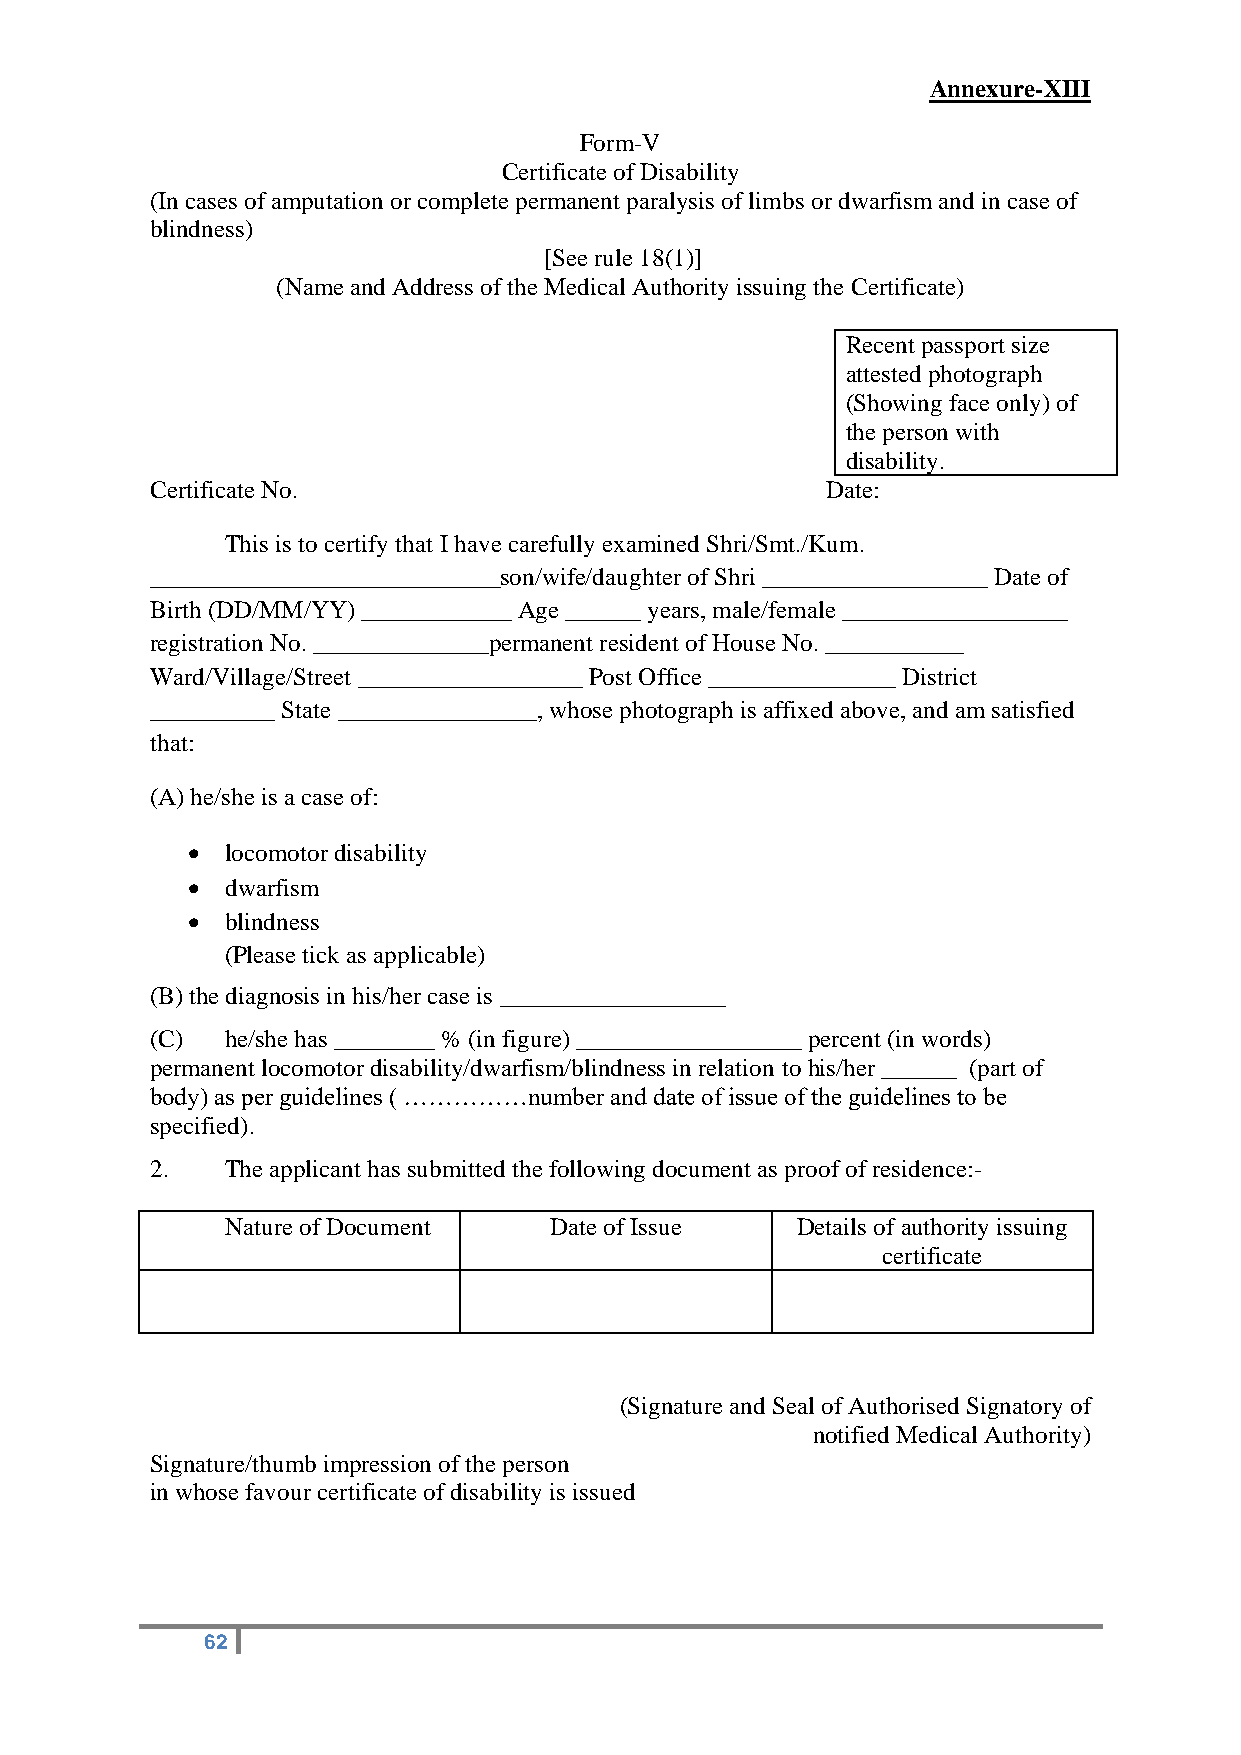
Annexure-XIII
 Form-V
 Certificate of Disability
 (In cases of amputation or complete permanent paralysis of limbs or dwarfism and in case of
 blindness)
 [See rule 18(1)]
 (Name and Address of the Medical Authority issuing the Certificate)
 Recent passport size
 attested photograph
 (Showing face only) of
 the person with
 disability.
 Certificate No.                              Date:
 This is to certify that I have carefully examined Shri/Smt./Kum.
 ____________________________son/wife/daughter of Shri __________________ Date of
 Birth (DD/MM/YY) ____________ Age ______ years, male/female __________________
 registration No. ______________permanent resident of House No. ___________
 Ward/Village/Street __________________ Post Office _______________ District
 __________ State ________________, whose photograph is affixed above, and am satisfied
 that:
 (A) he/she is a case of:
 •  locomotor disability
 •  dwarfism
 •  blindness
 (Please tick as applicable)
 (B) the diagnosis in his/her case is __________________
 (C)  he/she has ________ % (in figure) __________________ percent (in words)
 permanent locomotor disability/dwarfism/blindness in relation to his/her ______ (part of
 body) as per guidelines ( ……………number and date of issue of the guidelines to be
 specified).
 2.   The applicant has submitted the following document as proof of residence:-
 Nature of Document   Date of Issue    Details of authority issuing
 certificate
 (Signature and Seal of Authorised Signatory of
 notified Medical Authority)
 Signature/thumb impression of the person
 in whose favour certificate of disability is issued
 62